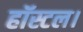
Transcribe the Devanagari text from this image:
हॉस्टल।